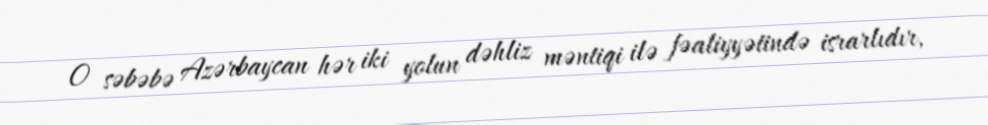
O səbəbə Azərbaycan hər iki yolun dəhliz məntiqi ilə fəaliyyətində israrlıdır,